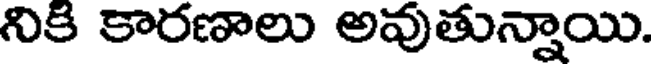
నికి కారణాలు అవుతున్నాయి.